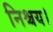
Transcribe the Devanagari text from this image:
निश्चय।